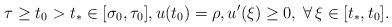
\begin{align*}\tau\geq t_{0} > t_{*}\in \mathopen{[}\sigma_{0},\tau_{0}\mathclose{]}, u(t_{0}) = \rho, u'(\xi) \geq 0, \; \forall \, \xi\in \mathopen{[}t_{*},t_{0}\mathclose{]}.\end{align*}